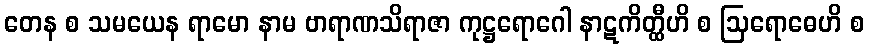
တေန စ သမယေန ရာမော နာမ ဗာရာဏသိရာဇာ ကုဋ္ဌရောဂေါ နာဋကိတ္ထီဟိ စ ဩရောဓေဟိ စ